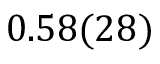
0 . 5 8 ( 2 8 )